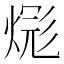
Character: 𪹎